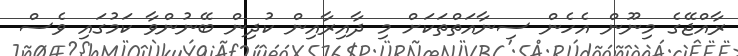
ރާއްޖޭގެ މިނޫން އެހެން ސިނާއަތްތަކަށް މި ދާއިރާއިން ކުދިން ބޭނުންވާ ކަމުގައި ވެސް